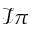
\mathcal { I } \pi